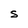
Character: S